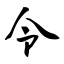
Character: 令